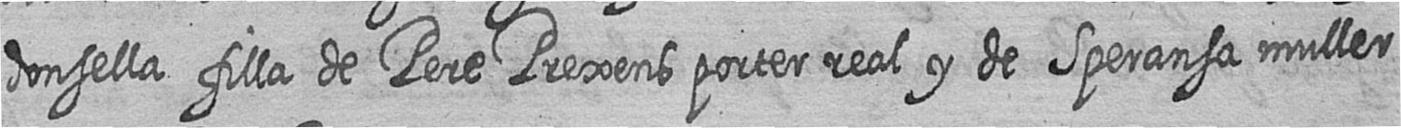
donsella filla de Pere Prexens porter real y de Speransa muller